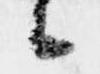
候